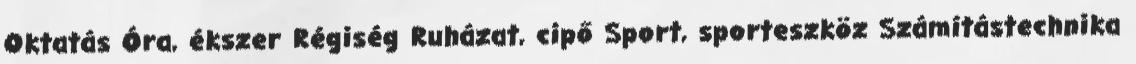
Oktatás Óra, ékszer Régiség Ruházat, cipő Sport, sporteszköz Számítástechnika